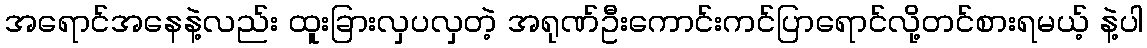
အရောင်အနေနဲ့လည်း ထူးခြားလှပလှတဲ့ အရုဏ်ဦးကောင်းကင်ပြာရောင်လို့တင်စားရမယ့် နဲ့ပါ